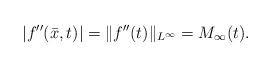
LaTeX: \begin{align*}|f''(\bar x,t)| = \|f''(t)\|_{L^\infty} = M_\infty(t).\end{align*}